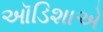
ઑડિશાએ